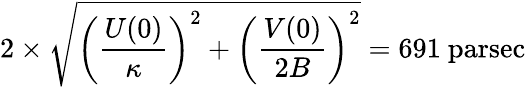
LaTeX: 2\times{\sqrt{\left({\frac{U(0)}{\kappa}}\right)^{2}+\left({\frac{V(0)}{2B}}\right)^{2}}}=691{\mathrm{~parsec}}